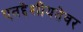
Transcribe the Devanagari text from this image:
एतद्देशीयतेवर